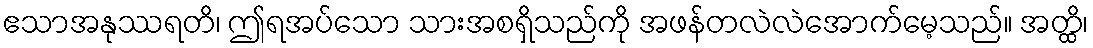
ဧသာအနုဿရတိ၊ ဤရအပ်သော သားအစရှိသည်ကို အဖန်တလဲလဲအောက်မေ့သည်။ အတ္ထိ၊